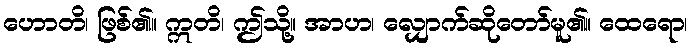
ဟောတိ၊ ဖြစ်၏။ ဣတိ၊ ဤသို့။ အာဟ၊ လျှောက်ဆိုတော်မူ၏။ ထေရော၊